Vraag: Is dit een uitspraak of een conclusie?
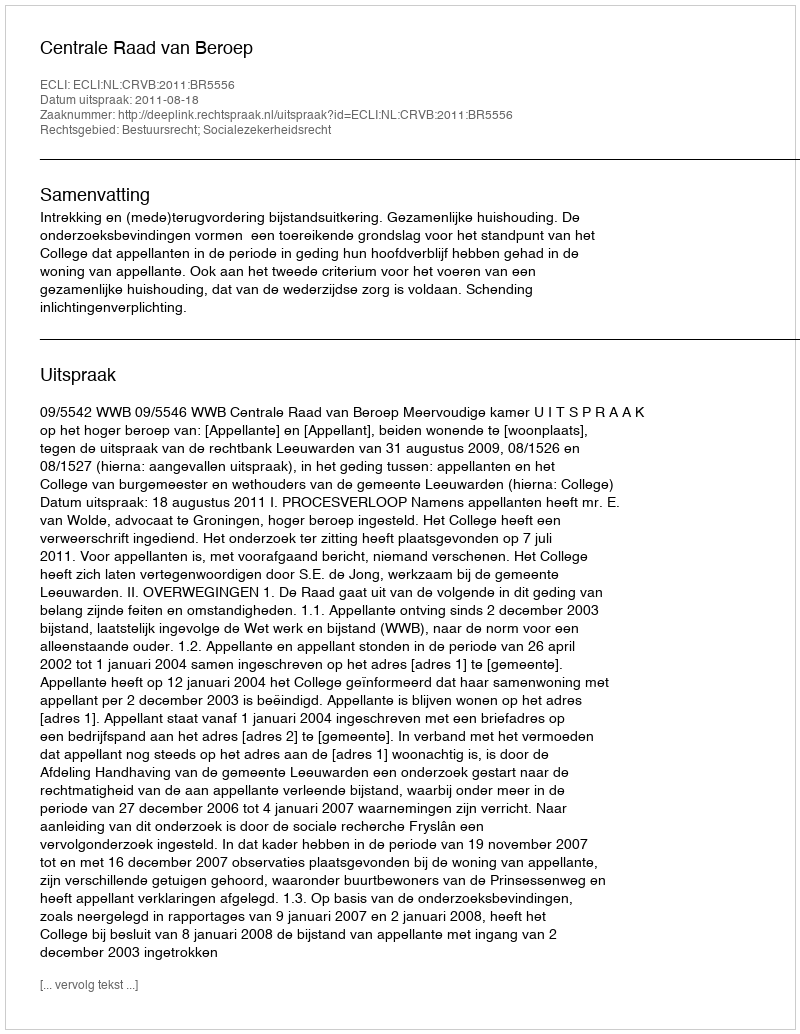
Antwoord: Uitspraak